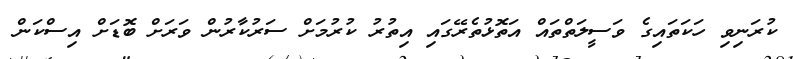
ކުރަނިވި ހަކަތައިގެ ވަސީލަތްތައް އަތޮޅުތެރޭގައި އިތުރު ކުރުމަށް ސަރުކާރުން ވަރަށް ބޮޑަށް އިސްކަން